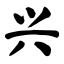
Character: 兴